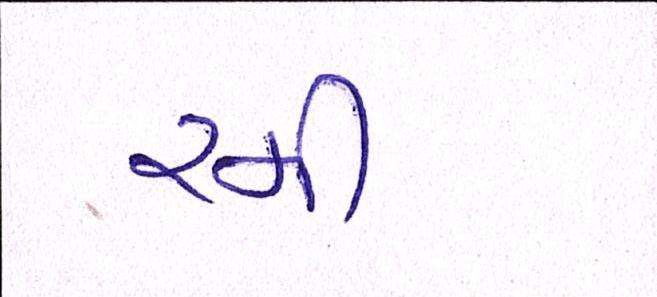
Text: રમી